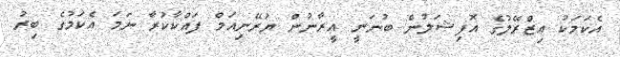
އެކަމަކު އިޒްރޭލުގެ އޮފިޝަލުން ބުނަނީ އީރާނުން ޔުރޭނިއަމް ފައްކާކުރާ ނަމަ އެކަމުގެ ބިރު